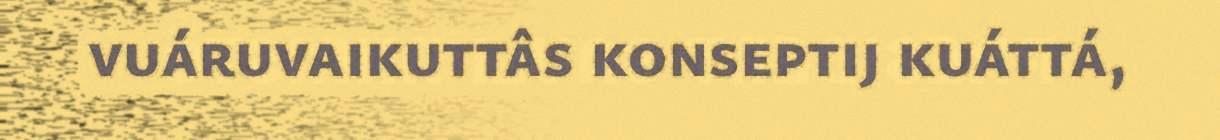
vuáruvaikuttâs konseptij kuáttá,